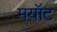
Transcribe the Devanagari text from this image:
मयॉट